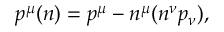
p ^ { \mu } ( n ) = p ^ { \mu } - n ^ { \mu } ( n ^ { \nu } p _ { \nu } ) ,